Report on lock hospitals in British Burma
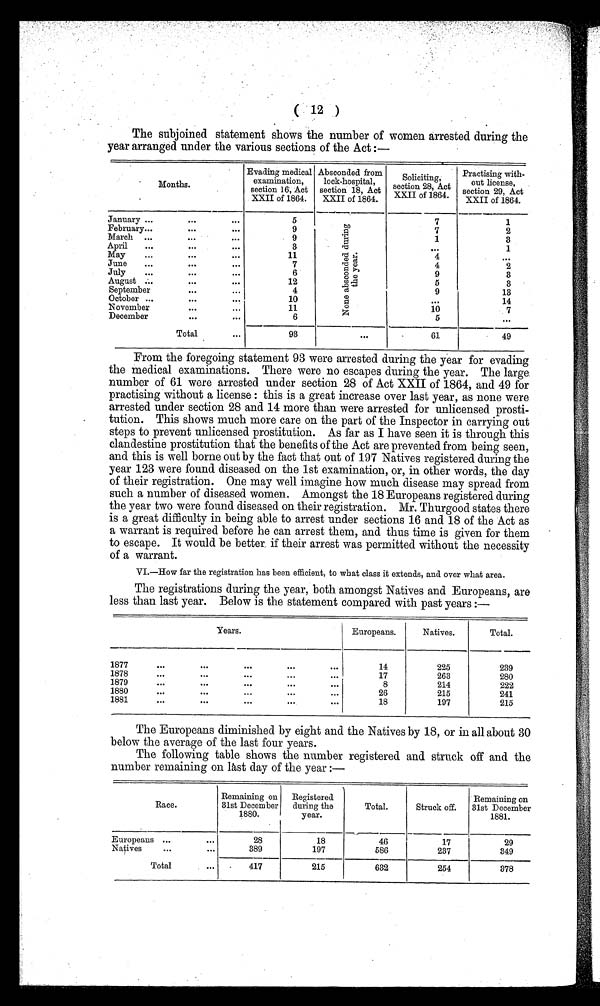
( 12 )
The subjoined statement shows the number of women arrested during the
year arranged under the various sections of the Act :—
Months.
Evading medical
examination,
section 16, Act
XXII of 1864.
Absconded from
lock-hospital,
section 18, Act
XXII of 1864.
S o l l i c t i n g
section 28 Act
XXII of 1864.
Practising with-
out license,
section 29, Act
XXII of 1864.
January ...
. . .
. . .
5
N o n e a b s c o n d e d d u r i n g t h e y e a r .
7
1
February...
. . .
...
9
7
2
March ...
. . .
...
9
1
3
1
April
...
...
. . .
3
. . .
May
...
. . .
. . .
11
4
. . .
June
...
. . .
. . .
7
4
2
July
...
. . .
. . .
6
9
3
August ...
. . .
. . .
12
5
3
September
. . .
...
4
9
13
October ...
. . .
1 0
. . .
14
November
. . .
11
10
7
December
. . .
6
5
. . .
Total
. . .
93
. . .
61
49
From the foregoing statement 93 were arrested during the year for evading
the medical examinations. There were no escapes during the year. The large.
number of 61 were arrested under section 28 of Act XXII of 1864, and 49 for
practising without a license : this is a great increase over last year, as none were
arrested under section 28 and 14 more than were arrested for unlicensed prosti
tution. This shows much more care on the part of the Inspector in carrying out
steps to prevent unlicensed prostitution. As far as I have seen it is through this
clandestine prostitution that the benefits of the Act are prevented from being seen,
and this is well borne out by the fact that out of 197 Natives registered during the
year 123 were found diseased on the 1st examination, or, in other words, the day
of their registration. One may well imagine how much disease may spread from
such a number of diseased women. Amongst the 18 Europeans registered during
the year two were found diseased on their registration. Mr. Thurgood states there
is a great difficulty in being able to arrest under sections 16 and 18 of the Act as
a warrant is required before he can arrest them, and thus time is given for them
to escape. It would be better, if their arrest was permitted without the necessity
of a warrant.
VI.—How far the registration has been efficient, to what class it extends, and over what area.
The registrations during the year, both amongst Natives and Europeans, are
less than last year. Below is the statement compared with past years :—
Years.
Europeans.
Natives.
Total.
1877
...
. . .
. . .
. . .
14
225
239
1878
...
. . .
. . .
...
17
263
280
1879
. . .
. . .
...
...
...
8
214
222
1880
...
. . .
...
...
...
26
215
241
1881
...
...
...
...
...
18
197
215
The Europeans diminished by eight and the Natives by 18, or in all about 30
below the average of the last four years.
The following table shows the number registered and. struck off and the
number remaining on last day of the year :—
Race.
Remaining on
31st December
1880.
.
Registered
during the
year.
Total.
Struck off.
Remaining on
31st December
1881.
Europeans ...
...
28
18
46
17
29
Natives
...
. . .
389
197
586
237
349
Total
. . . .
417
215
632
254
3 7 8